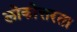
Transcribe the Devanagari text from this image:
लोकोत्तरता